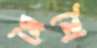
মৈথৈ